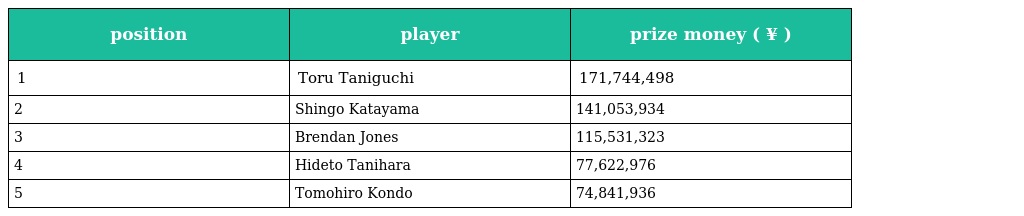
| position | player | prize money ( ¥ ) |
 | --- | --- | --- |
 | 1 | Toru Taniguchi | 171,744,498 |
 | 2 | Shingo Katayama | 141,053,934 |
 | 3 | Brendan Jones | 115,531,323 |
 | 4 | Hideto Tanihara | 77,622,976 |
 | 5 | Tomohiro Kondo | 74,841,936 |